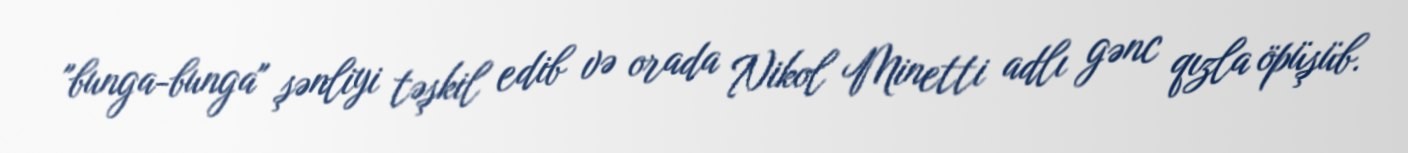
"bunga-bunga" şənliyi təşkil edib və orada Nikol Minetti adlı gənc qızla öpüşüb.